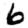
Digit: 6